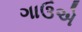
ગાઉએ